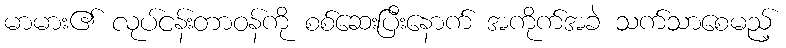
မာမား၏ လုပ်ငန်းတာဝန်ကို စစ်ဆေးပြီးနောက် အကိုက်အခဲ သက်သာစေမည့်